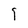
Character: 9